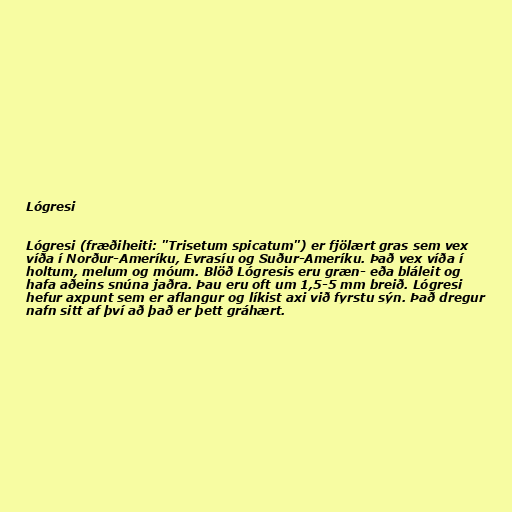
Lógresi

Lógresi (fræðiheiti: "Trisetum spicatum") er fjölært gras sem vex
víða í Norður-Ameríku, Evrasíu og Suður-Ameríku. Það vex víða í
holtum, melum og móum. Blöð Lógresis eru græn- eða bláleit og
hafa aðeins snúna jaðra. Þau eru oft um 1,5-5 mm breið. Lógresi
hefur axpunt sem er aflangur og líkist axi við fyrstu sýn. Það dregur
nafn sitt af því að það er þett gráhært.